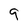
Character: 9